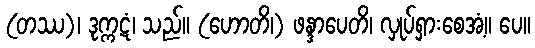
(တဿ)၊ ဒုက္ကဋံ၊ သည်။ (ဟောတိ၊) ဖန္ဒာပေတိ၊ လှုပ်ရှားစေအံ့။ ပေ။